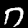
Digit: 7